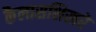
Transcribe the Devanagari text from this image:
कैलासशिखरे